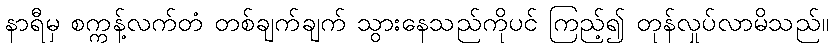
နာရီမှ စက္ကန့်လက်တံ တစ်ချက်ချက် သွားနေသည်ကိုပင် ကြည့်၍ တုန်လှုပ်လာမိသည်။